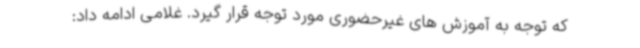
که توجه به آموزش های غیرحضوری مورد توجه قرار گیرد. غلامی ادامه داد: